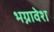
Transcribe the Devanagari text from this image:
भग्नावेश